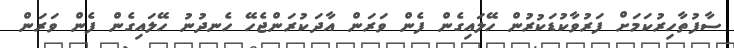
ސާފުތާހިރުކަމަށް ފަރުވާކުޑަކުރުން ހޭލައިގެން ފެން ވަރަން އާދަކުރަންޖެހޭ ހެނދުނު ހޭލައިގެން ފެން ވަރަން